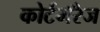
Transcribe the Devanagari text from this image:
कोर्टमॅरेज